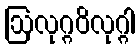
ဩလုဂ္ဂဝိလုဂ္ဂါ